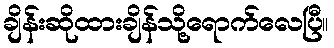
ချိန်းဆိုထားချိန်သို့ရောက်လေပြီ။